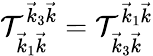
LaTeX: \mathcal{T}_{\vec{{k}}_{1}\vec{{k}}}^{\vec{{k}}_{3}\vec{{k}}}=\mathcal{T}_{\vec{{k}}_{3}\vec{{k}}}^{\vec{{k}}_{1}\vec{{k}}}